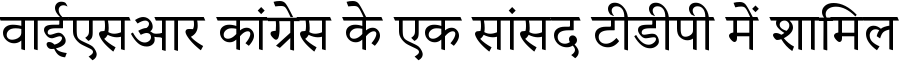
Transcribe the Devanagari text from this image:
वाईएसआर कांग्रेस के एक सांसद टीडीपी में शामिल